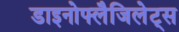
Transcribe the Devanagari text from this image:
डाइनोफ्लैजिलेट्स